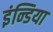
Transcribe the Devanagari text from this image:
इंन्डिया